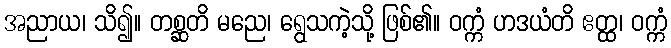
အညာယ၊ သိ၍။ တစ္ဆတိ မညေ၊ ရွေသကဲ့သို့ ဖြစ်၏။ ဝက္ကံ ဟဒယံတိ ဧတ္ထ၊ ဝက္ကံ